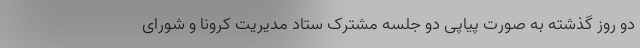
دو روز گذشته به صورت پیاپی دو جلسه مشترک ستاد مدیریت کرونا و شورای